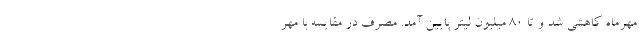
مهرماه کاهشی شد و تا ۸۰ میلیون لیتر پایین آمد. مصرف در مقایسه با مهر